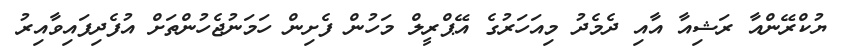
ޔުކްރޭންއާ ރަޝިއާ އާއި ދެމެދު މިއަހަރުގެ އޭޕްރީލް މަހުން ފެށިން ހަމަނުޖެހުންތަށް އުފެދިފައިވާއިރު